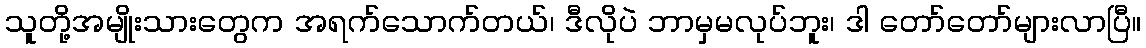
သူတို့အမျိုးသားတွေက အရက်သောက်တယ်၊ ဒီလိုပဲ ဘာမှမလုပ်ဘူး၊ ဒါ တော်တော်များလာပြီ။